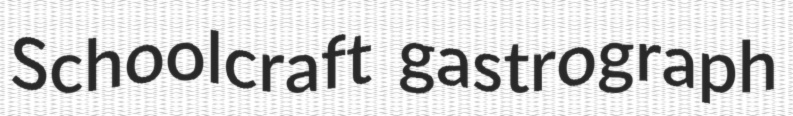
Schoolcraft gastrograph